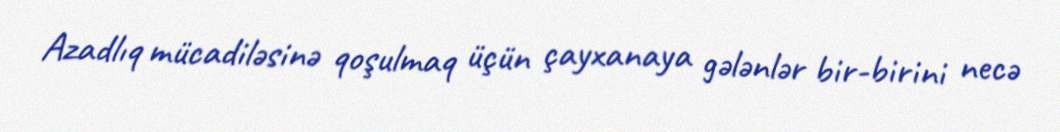
Azadlıq mücadiləsinə qoşulmaq üçün çayxanaya gələnlər bir-birini necə